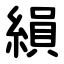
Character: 縜